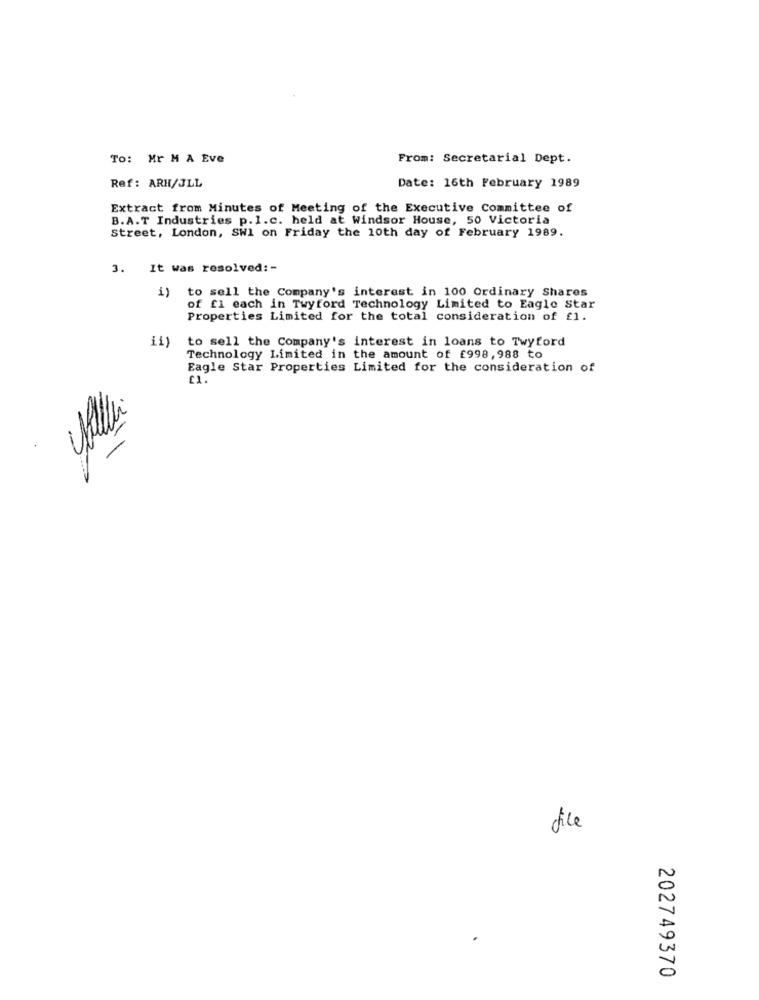
To: Mr M A Eve
From: Secretarial Dept.
Ref: ARH/JLL
Date: 16th February 1989
Extract from Minutes of Meeting of the Executive Committee of
B.A.T Industries p.l.c. held at Windsor House, 50 Victoria
Street, London, SWI on Friday the 10th day of February 1989.
3. It was resolved :-
i) to sell the Company's interest in 100 Ordinary Shares
of fl each in Twyford Technology Limited to Eagle Star
Properties Limited for the total consideration of fl.
ii)
to sell the Company's interest in loans to Twyford
Technology Limited in the amount of £998,988 to
Eagle Star Properties Limited for the consideration of
£1.
file
N
0
202749370